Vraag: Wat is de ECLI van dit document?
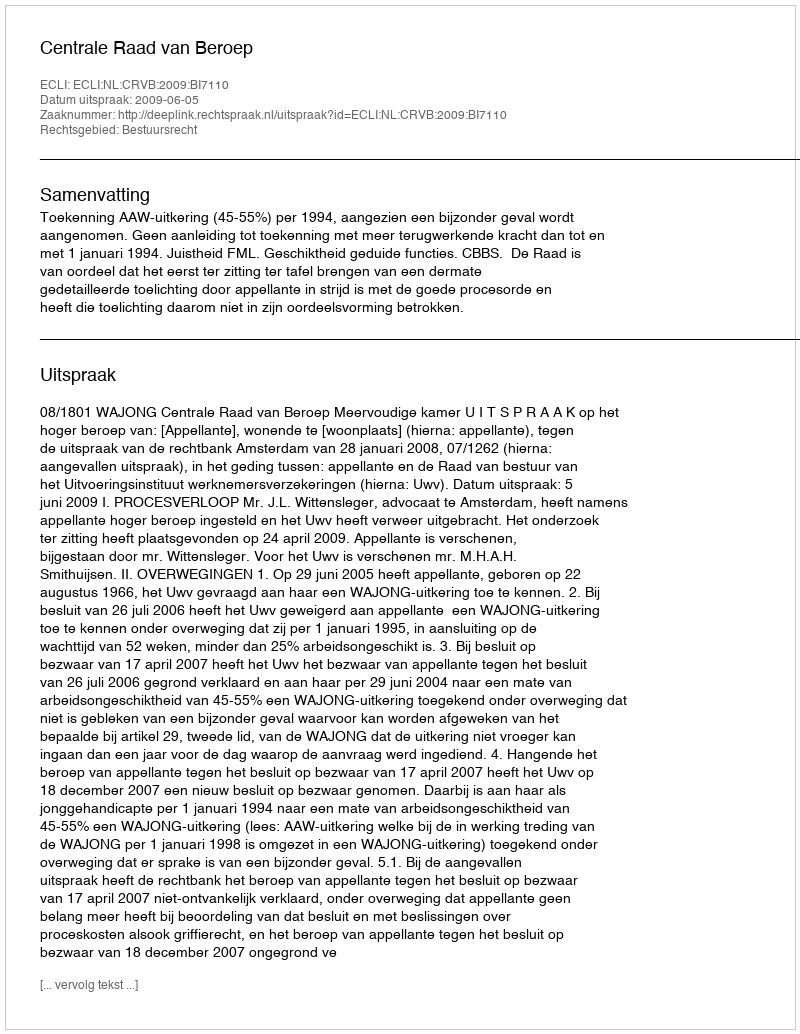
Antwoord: ECLI:NL:CRVB:2009:BI7110